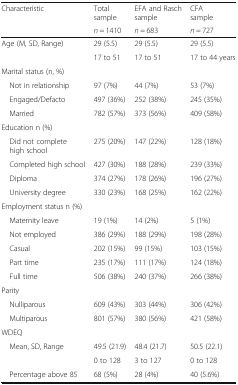
| <ROWSPAN=2> Characteristic | Total sample | EFA and Rasch sample | CFA sample |
 | n = 1410 | n = 683 | n = 727 |
 | --- | --- | --- | --- |
 | <ROWSPAN=2> Age (M, SD, Range) | 29 (5.5) | 29 (5.5) | 29 (5.5) |
 | 17 to 51 | 17 to 51 | 17 to 44 years |
 | <COLSPAN=4> Marital status (n, %) |
 | Not in relationship | 97 (7%) | 44 (7%) | 53 (7%) |
 | Engaged/Defacto | 497 (36%) | 252 (38%) | 245 (35%) |
 | Married | 782 (57%) | 373 (56%) | 409 (58%) |
 | <COLSPAN=4> Education n (%) |
 | Did not complete high school | 275 (20%) | 147 (22%) | 128 (18%) |
 | Completed high school | 427 (30%) | 188 (28%) | 239 (33%) |
 | Diploma | 374 (27%) | 178 (26%) | 196 (27%) |
 | University degree | 330 (23%) | 168 (25%) | 162 (22%) |
 | <COLSPAN=4> Employment status n (%) |
 | Maternity leave | 19 (1%) | 14 (2%) | 5 (1%) |
 | Not employed | 386 (29%) | 188 (29%) | 198 (28%) |
 | Casual | 202 (15%) | 99 (15%) | 103 (15%) |
 | Part time | 235 (17%) | 111 (17%) | 124 (18%) |
 | Full time | 506 (38%) | 240 (37%) | 266 (38%) |
 | <COLSPAN=4> Parity |
 | Nulliparous | 609 (43%) | 303 (44%) | 306 (42%) |
 | Multiparous | 801 (57%) | 380 (56%) | 421 (58%) |
 | <COLSPAN=4> WDEQ |
 | <ROWSPAN=2> Mean, SD, Range | 49.5 (21.9) | 48.4 (21.7) | 50.5 (22.1) |
 | 0 to 128 | 3 to 127 | 0 to 128 |
 | Percentage above 85 | 68 (5%) | 28 (4%) | 40 (5.6%) |